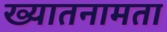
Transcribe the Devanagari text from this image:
ख्यातनामता